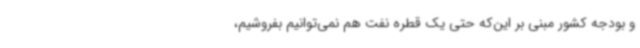
و بودجه کشور مبنی بر این‌که حتی یک قطره نفت هم نمی‌توانیم بفروشیم،